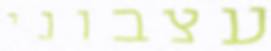
עצבוני